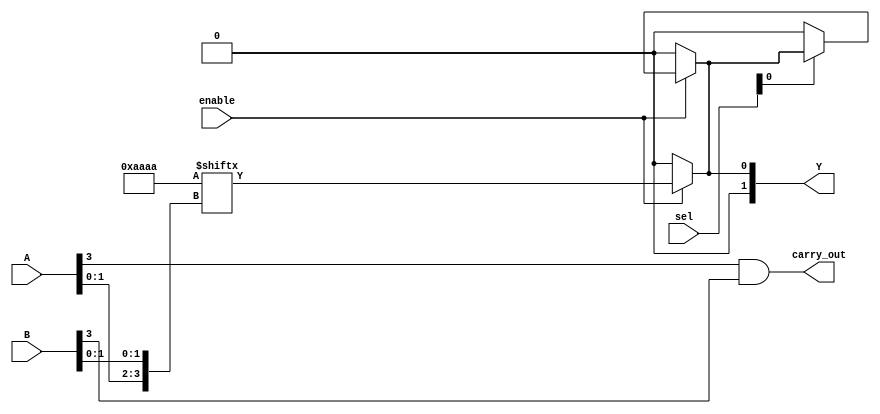
module CLB (
    input wire [3:0] A,       // Inputs for LUT (4 bits)
    input wire [3:0] B,       // Additional inputs for LUT (4 bits)
    input wire [1:0] sel,     // Select signal for MUX
    input wire enable,         // Enable signal for the CLB
    output wire [1:0] Y,      // Outputs
    output wire carry_out      // Carry output (if applicable)
);

// 4-input LUT implementation
reg [15:0] lut; // 4-input LUT can represent 2^4 = 16 possible outputs

always @(*) begin
    // Configure the LUT with a truth table (example configuration)
    // Example: LUT logic can be set here, using some arbitrary function
    lut = 16'b1010101010101010; // Example truth table values

    // Output logic based on inputs A and B
    if (enable) begin
        Y[0] = lut[{A[1:0], B[1:0]}]; // Example output from LUT
        Y[1] = lut[{A[3:2], B[3:2]}]; // Another output from LUT
    end else begin
        Y = 2'b00; // Disable output when not enabled
    end
end

// 2-to-1 MUX for output selection
wire mux_out;
assign mux_out = (sel[0]) ? Y[0] : Y[1];

// Carry logic (example: simple carry out for addition)
assign carry_out = A[3] & B[3]; // Example carry logic (AND of the highest bits)

// Final output
assign Y = enable ? mux_out : 2'b00; // Final output considering enable

endmodule